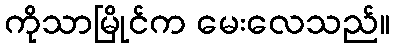
ကိုသာမြိုင်က မေးလေသည်။